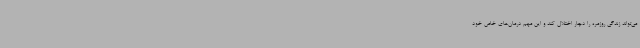
می‌تواند زندگی روزمره را دچار اختلال کند و این مهم درمان‌های خاص خود